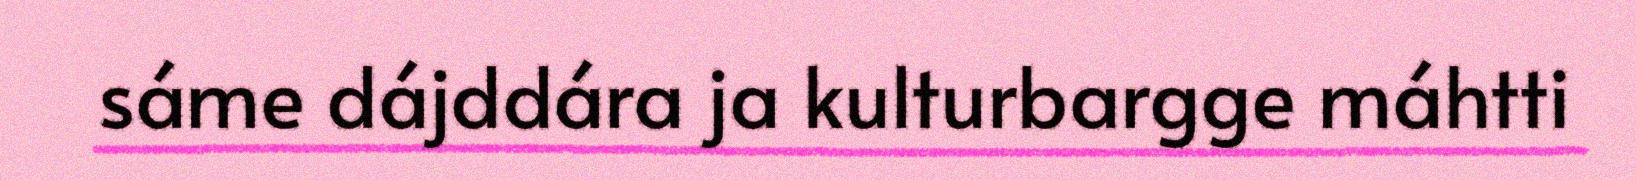
sáme dájddára ja kulturbargge máhtti